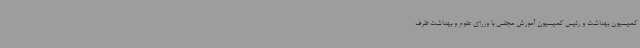
کمیسیون بهداشت و رئیس کمیسیون آموزش مجلس با وزرای علوم و بهداشت ظرف